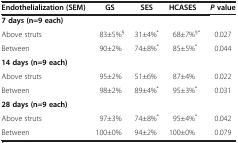
<table><thead><tr><td><b>Endothelialization (SEM)</b></td><td><b>GS</b></td><td><b>SES</b></td><td><b>HCASES</b></td><td><b><i>P </i>value</b></td></tr></thead><tbody><tr><td><b>7 days (n=9 each)</b></td><td> </td><td> </td><td> </td><td> </td></tr><tr><td>Above struts</td><td>83±5%<sup>§</sup></td><td>31±4%<sup>*</sup></td><td>68±7%<sup>§*</sup></td><td>0.027</td></tr><tr><td>Between</td><td>90±2%</td><td>74±8%<sup>*</sup></td><td>85±5%<sup>*</sup></td><td>0.044</td></tr><tr><td><b>14 days (n=9 each)</b></td><td> </td><td> </td><td> </td><td> </td></tr><tr><td>Above struts</td><td>95±2%</td><td>51±6%</td><td>87±4%</td><td>0.022</td></tr><tr><td>Between</td><td>98±2%</td><td>89±4%<sup>*</sup></td><td>95±3%<sup>*</sup></td><td>0.031</td></tr><tr><td><b>28 days (n=9 each)</b></td><td> </td><td> </td><td> </td><td> </td></tr><tr><td>Above struts</td><td>97±3%</td><td>74±8%<sup>*</sup></td><td>95±4%<sup>*</sup></td><td>0.042</td></tr><tr><td>Between</td><td>100±0%</td><td>94±2%</td><td>100±0%</td><td>0.079</td></tr></tbody></table>